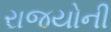
રાજયોની